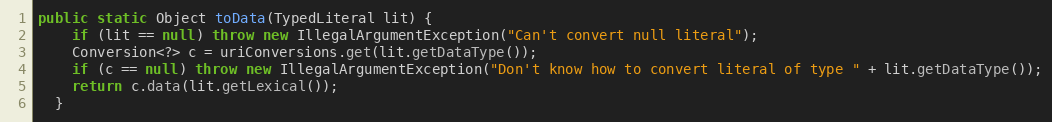
Language: Java
public static Object toData(TypedLiteral lit) {
    if (lit == null) throw new IllegalArgumentException("Can't convert null literal");
    Conversion<?> c = uriConversions.get(lit.getDataType());
    if (c == null) throw new IllegalArgumentException("Don't know how to convert literal of type " + lit.getDataType());
    return c.data(lit.getLexical());
  }